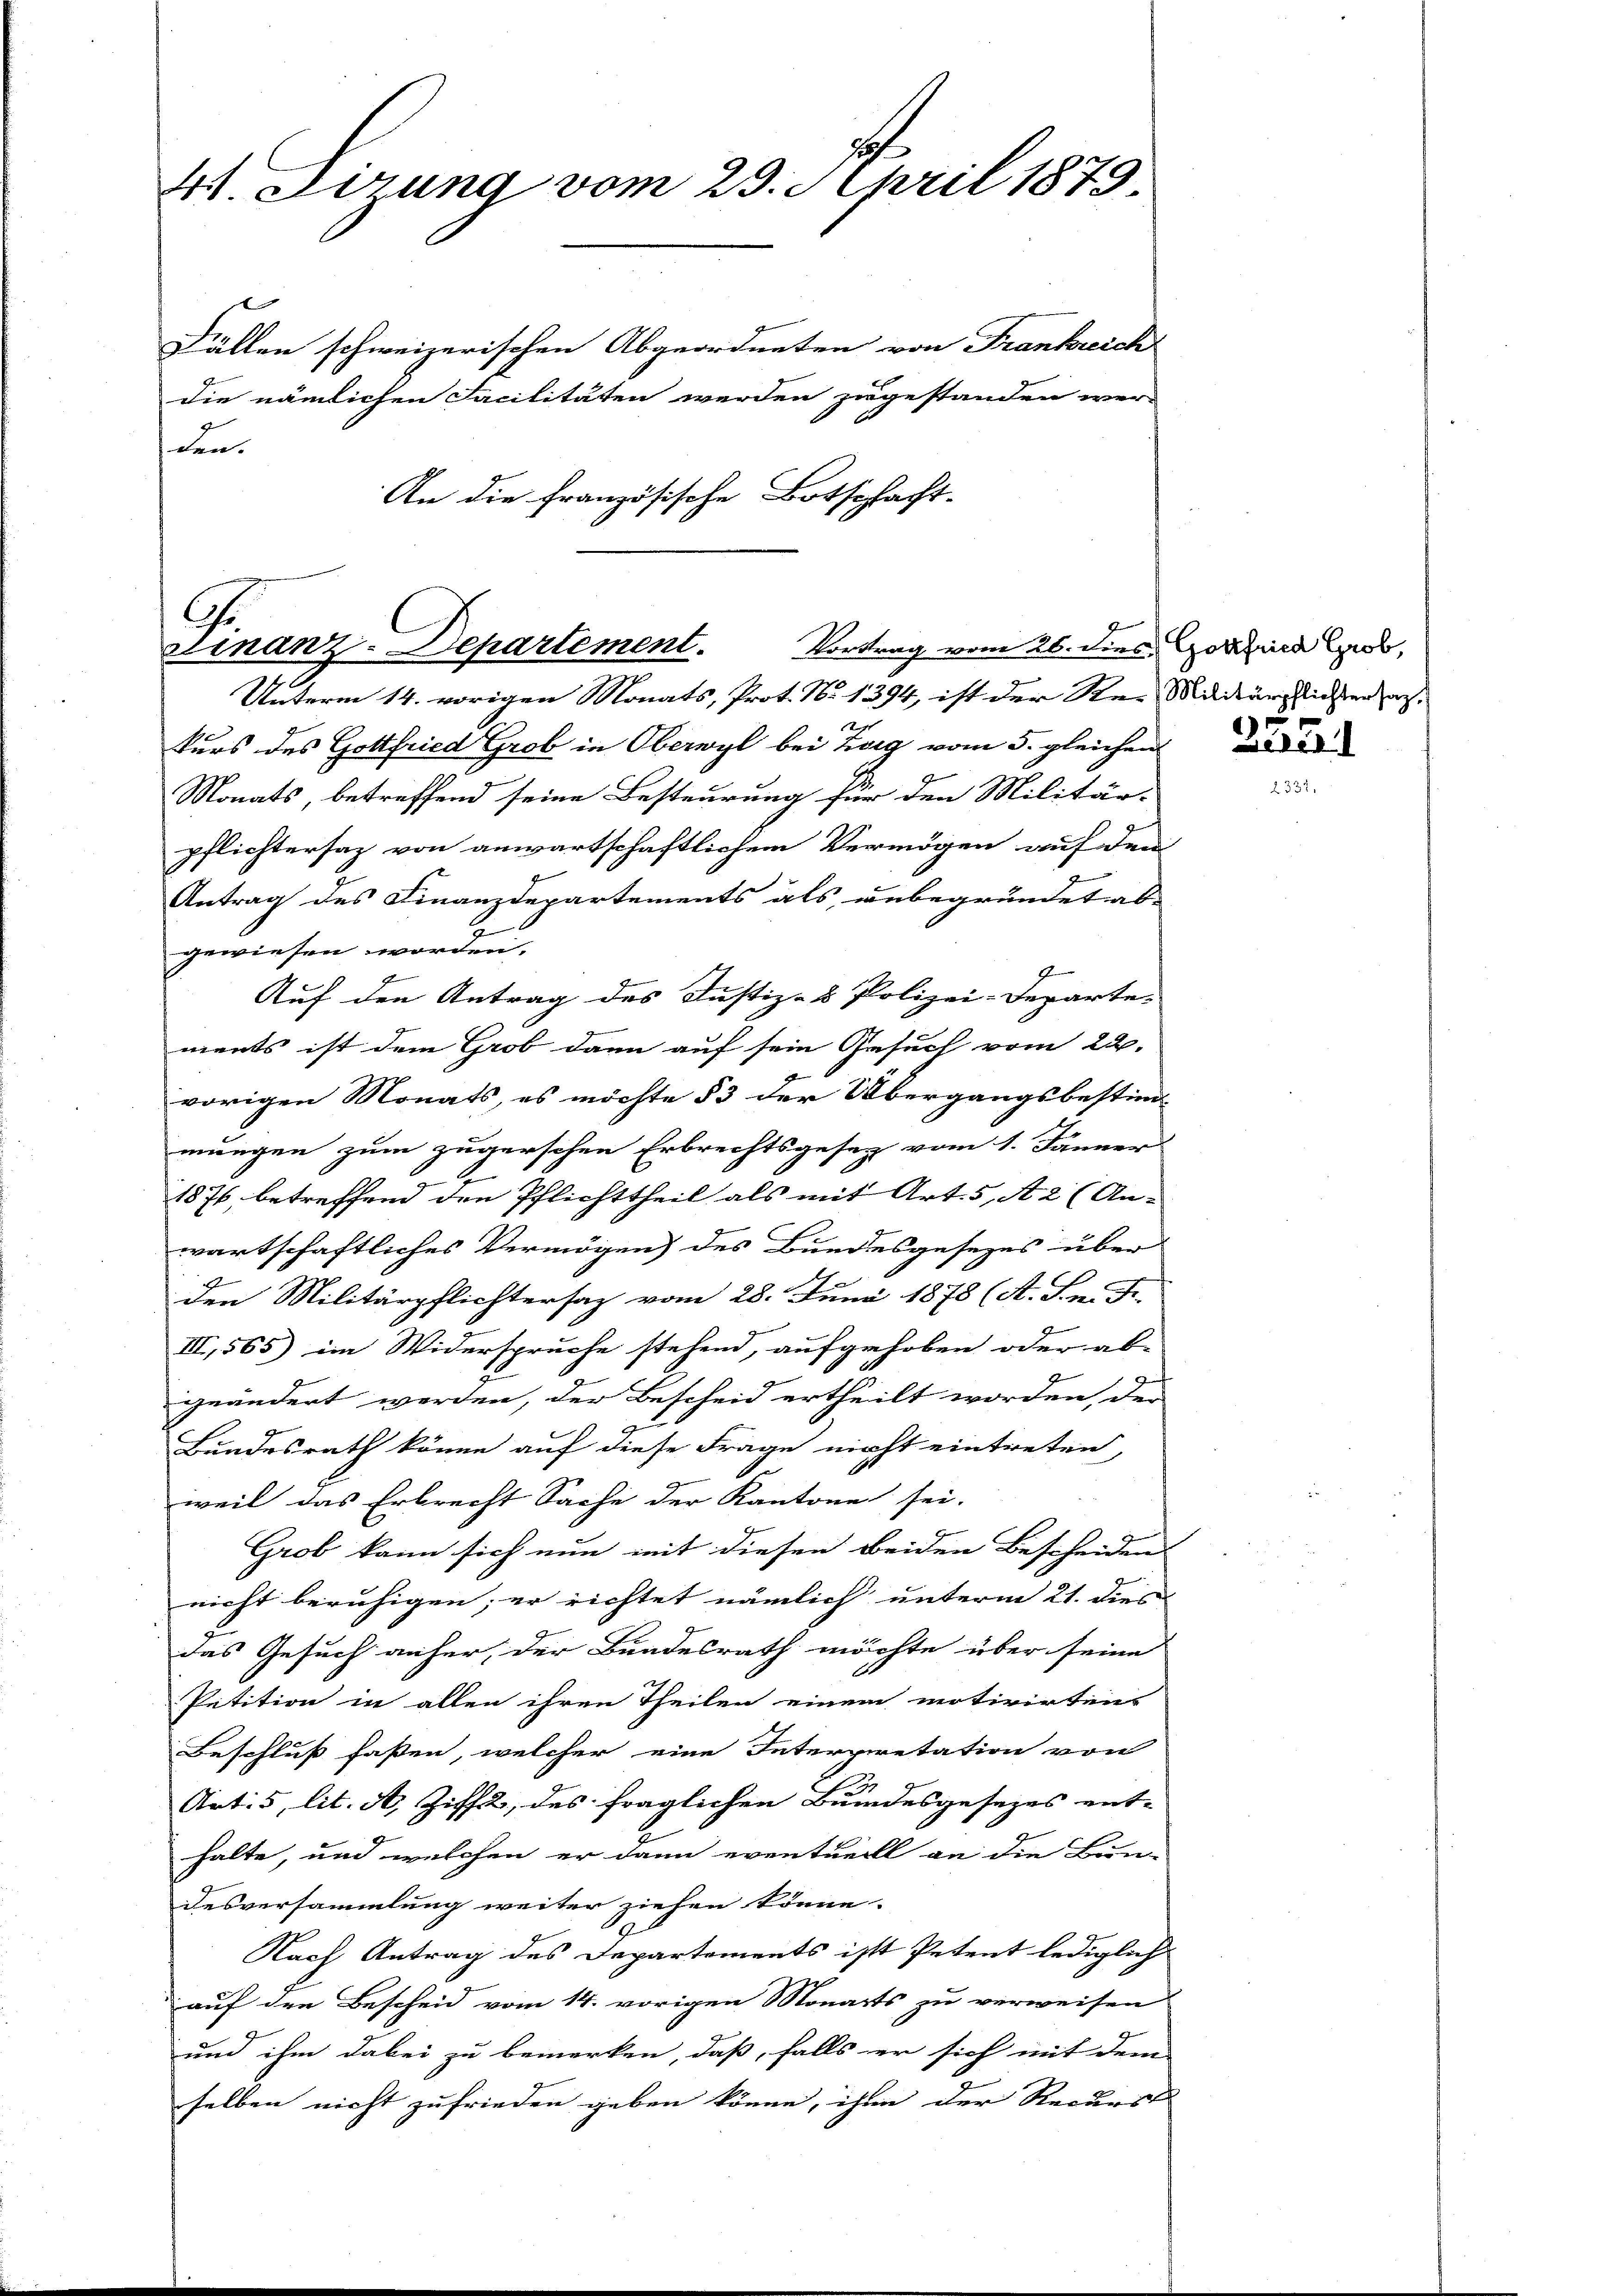
4t. Firung vom 29. April 1879.
Fällen schweizerischen Abgeordneten von Frankreich
die nämlichen Facilitäten werden zugestanden wer-
den.
An die französische Botschlacht-

G.
Vortrag vom 26. dies Gottfried Grob,
Finanz-Departement.

Unterm 14. vorigen Monats, Prot. No 1394, ist der Sei Militärglichen an.
kurs des Gottfried Grob in Oberwyl bei Zug vom 5. gleichen
Monats, betreffend seine Besteurung für den Militär-
pflichtersaz von anwartschaftlichem Vermögen auf dem
Antrag des Finanzdepartements als unbegründet ab-
gewiesen worden.
g
E
d
Auf den Antrag des Justiz- & Polizei-Departements ist dem Grob dann auf sein Gesuch vom 22.
vorigen Monats, es möchte § 3 der Übergangsbestim-
mungen zum zugerschen Erbrechtsgesetz vom 1. Jänner
.
1876, betreffend den Pflichttheil als mit Art. 5, A 2 (An-
wartschaftliches Vermögen) des Bundesgesezes über
den Militärpflichtersaz vom 28. Juni 1878 (A. Sn. F.
III, 565) im Widerspruche stehend, aufgehoben oder ab-
geändert werden, der Bescheid ertheilt worden, der
Bundesrath könne auf diese Frage nicht eintreten,
weil das Erbrecht Sache der Kantone sei.
Grob kann sich nun mit diesen beiden Bescheidens
nicht beruhigen; er richtet nämlich unterm 21. dies
das Gesuch anher der Bundesrath möchte über seine
Petition in allen ihren Theilen einem motivirten
Beschluß fassen, welcher eine Interpretation von
Art. 5, lit. A. Ziffe, des fraglichen Bundesgesezes ent-
halte, und welchen er dann eventueill an die Bun-
desversammlung weiter ziehen könne.
Nach Antrag des Departements ist Petent lediglich
auf den Bescheid vom 14. vorigen Monarts zu verweisen
und ihm dabei zu bemerken, daß, falls er sich mit dem
selben nicht zufrieden geben könne, ihm der Recurs

25.6.1